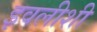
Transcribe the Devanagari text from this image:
इवलीशी